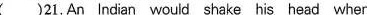
( )21. An lndian would shake his head when